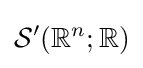
{\mathcal {S}}'(\mathbb {R} ^{n};\mathbb {R} )